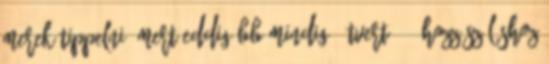
merek tippelni, mert eddig BB mindig "átvert" :- Hozzászóláshoz